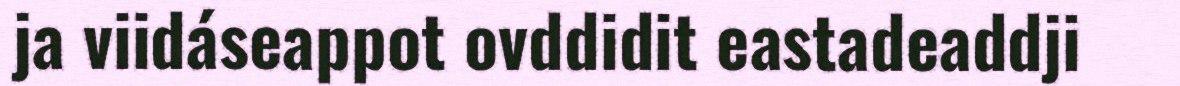
ja viidáseappot ovddidit eastadeaddji